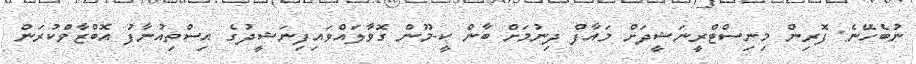
ނުބެހޭނެ: ފޮރިން މިނިސްޓްރީނަޝީދަށް މައާފް ދިނުމަށް ބާން ކީ-މޫން ގޮވާލައްވައިފިނަޝީދުގެ އިސްތިއުނާފު އޮބްޒާވްކުރަން